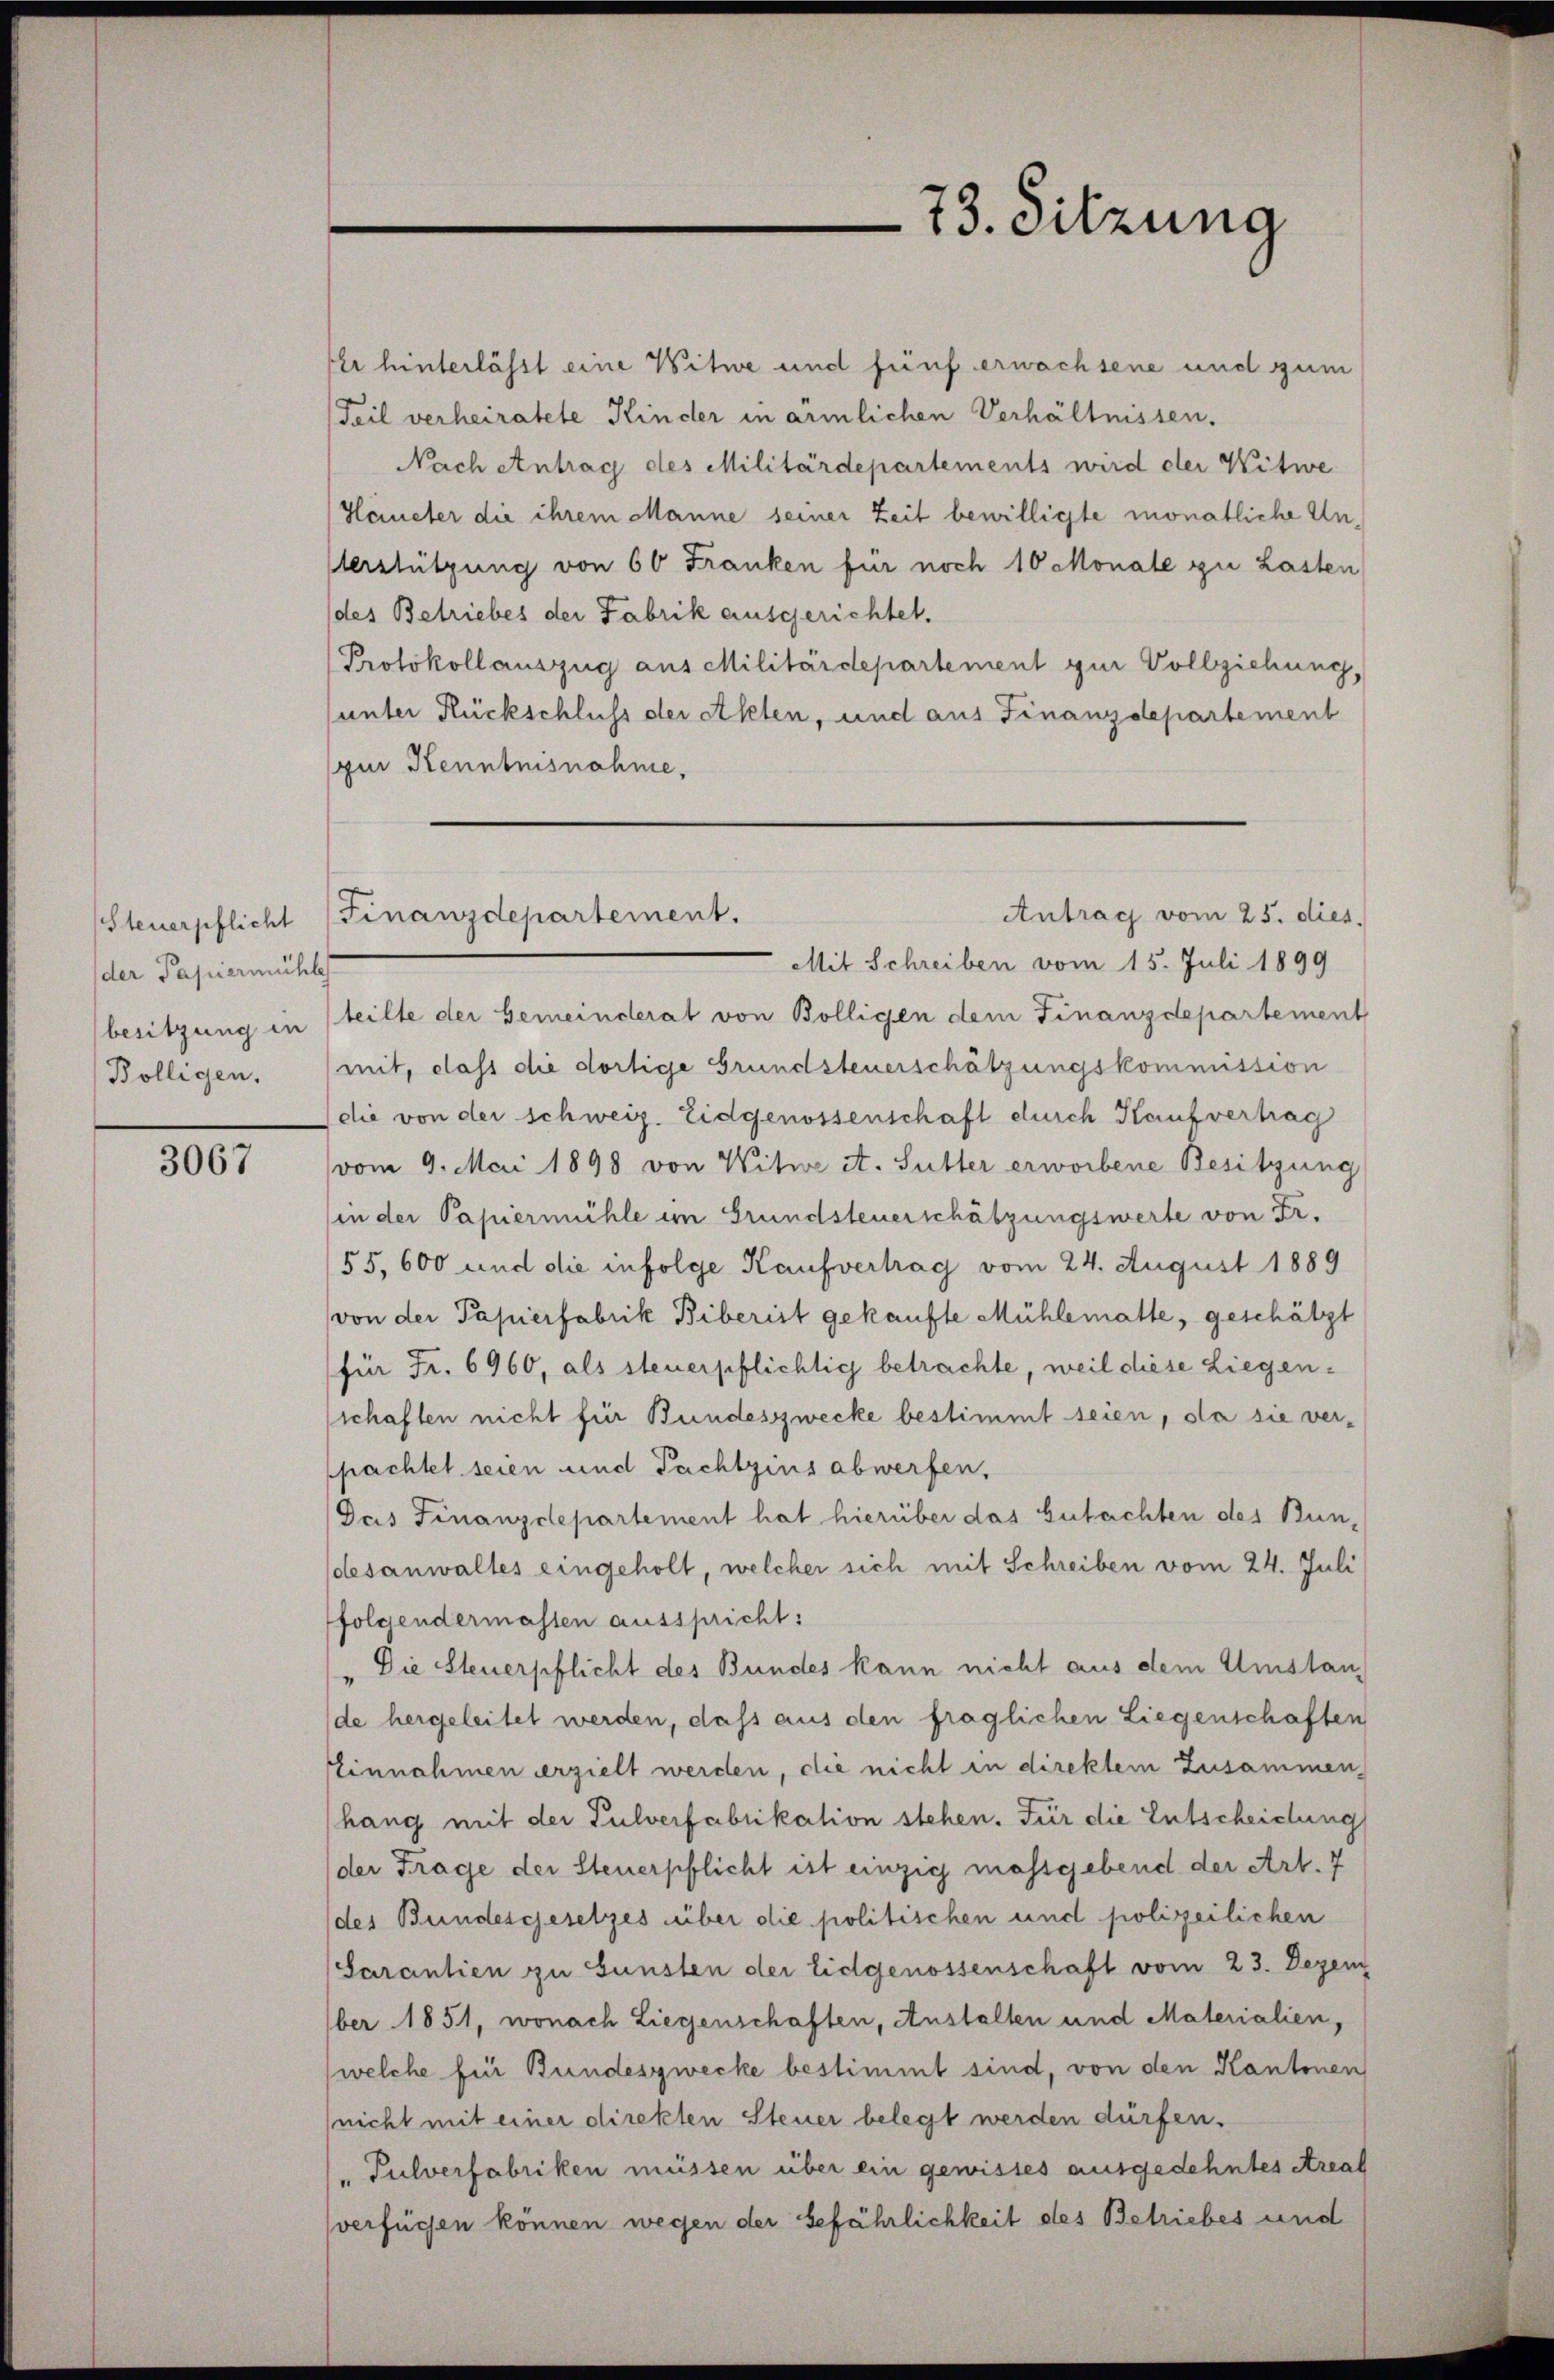
Steuerpflicht
der Papiermühles
besitzung in
Bölligen,

3067

73. Sitzung

Er hinterlässt eine Witwe und fünf erwachsene und zum
Teil verheiratete Kinder in ärmlichen Verhältnissen.
Nach Antrag des Militärdepartements wird der Witwe
Heieter die ihrem Manne seiner Zeit bewilligte monatliche Un¬
Verstützung von 60 Franken für noch 10 Monate zu Lasten
des Betriebes der Fabrik ausgerichtet.
Protokollauszug aus Militärdepartement zur Vollziehung,
unter Rückschluß der Akten, und aus Finanzdepartement
gur Kenntnisnahme,
Mit Schreiben vom 15. Juli 1899
teilte der Gemeinderat von Bölligen dem Finanzdepartement
mit, dass die dortige Grundsteuerschätzungskommission
(die von der schweiz. Eidgenossenschaft durch Kaufvertrag
vom 9. Mai 1898 von Witwe A. Sutter erworbene Besitzung
(in der Papiermühle im Grundsteuerschätzungswerte von Fr.
55,600 und die infolge Kaufvertrag vom 24. August 1889
von der Papierfabrik Biberist gekaufte Mühlematte, geschätzt
für Fr. 6960, als steuerpflichtig betrachte, weil diese Liegenschaften nicht für Bundeszwecke bestimmt seien, da sie verpachtet seien und Pachtzins abwerfen,
Das Finanzdepartement hat hierüber das Gutachten des Bundesanwaltes eingeholt, welcher sich mit Schreiben vom 24. Juli
folgendermassen ausspricht:
" Die Steuerpflicht des Bundes kann nicht aus dem Umstande hergeleitet werden, dass aus den fraglichen Liegenschaften
Einnahmen erzielt werden, die nicht in direktem Zusammen,
hang mit der Pulverfabrikation stehen. Für die Entscheidung
der Frage der Steuerpflicht ist einzig massgebend der Art. 7
des Bundesgesetzes über die politischen und polizeilichen
Sarantien zu Gunsten der Eidgenossenschaft vom 23. Dezem
ber 1851, wonach Liegenschaften, Anstalten und Materialien,
welche für Bundeszwecke bestimmt sind, von den Kantonen
(nicht mit einer direkten Steuer belegt werden dürfen.
" Pulverfabriken müssen über ein gewisses ausgedehntes Areal
verfügen können wegen der Befährlichkeit des Betriebes und

Antrag vom 25. dies
Finanzdepartement.